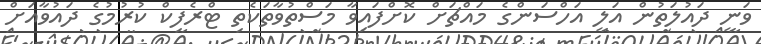
ވަނީ ދައުލަތުން އަލީ އަހްސަންގެ މައްޗަށް ކޮށްފައިވާ މަސްތުވާތަކެތި ޓްރެފިކް ކުރުމުގެ ދައުވާއަށް